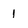
Character: 1